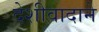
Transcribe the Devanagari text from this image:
देशीवादाने